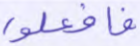
فافعلوا